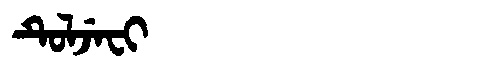
Manchu: ᡨᡠᠯᠵᡝᠸᡳ
Romanization: TULJEFI